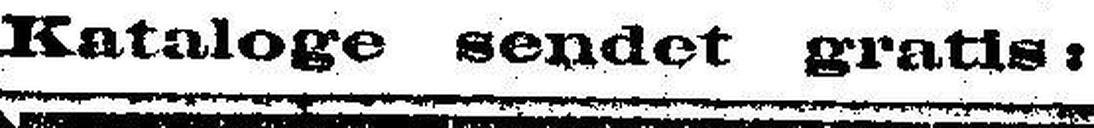
Kataloge sendet gratis